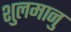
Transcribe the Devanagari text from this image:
शुलमानु